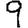
Digit: 9